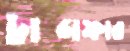
ট্রান্সফার